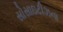
સોસાઇટીઝના